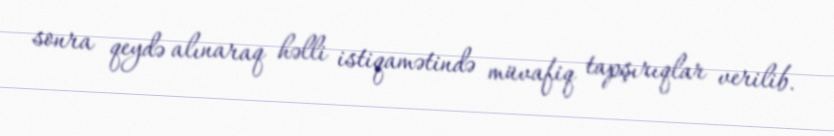
sonra qeydə alınaraq həlli istiqamətində müvafiq tapşırıqlar verilib.